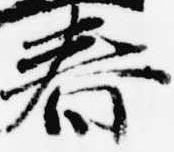
春